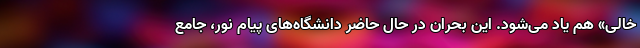
خالی» هم یاد می‌شود. این بحران در حال حاضر دانشگاه‌های پیام نور، جامع